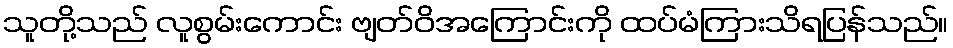
သူတို့သည် လူစွမ်းကောင်း ဗျတ်ဝိအကြောင်းကို ထပ်မံကြားသိရပြန်သည်။